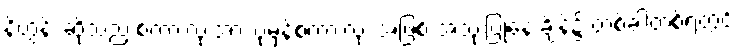
နိဟွန်း ဆိုသည့် စကားလုံးအား ပုံမှန်စကားလုံး အဖြစ် အသုံးပြုနေ ချိန်၌ တစ်ခါတစ်ရံတွင်